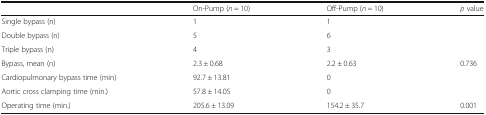
<table><thead><tr><td>[EMPTY_CELL]</td><td><b>On-Pump (<i>n</i> = 10)</b></td><td><b>Off-Pump (<i>n</i> = 10)</b></td><td><b><i>p</i> value</b></td></tr></thead><tbody><tr><td>Single bypass (n)</td><td>1</td><td>1</td><td>[EMPTY_CELL]</td></tr><tr><td>Double bypass (n)</td><td>5</td><td>6</td><td>[EMPTY_CELL]</td></tr><tr><td>Triple bypass (n)</td><td>4</td><td>3</td><td>[EMPTY_CELL]</td></tr><tr><td>Bypass, mean (n)</td><td>2.3 ± 0.68</td><td>2.2 ± 0.63</td><td>0.736</td></tr><tr><td>Cardiopulmonary bypass time (min)</td><td>92.7 ± 13.81</td><td>0</td><td>[EMPTY_CELL]</td></tr><tr><td>Aortic cross clamping time (min.)</td><td>57.8 ± 14.05</td><td>0</td><td>[EMPTY_CELL]</td></tr><tr><td>Operating time (min.)</td><td>205.6 ± 13.09</td><td>154.2 ± 35.7</td><td>0.001</td></tr></tbody></table>